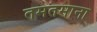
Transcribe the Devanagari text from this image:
तमतमाना